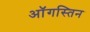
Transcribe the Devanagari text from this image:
ऑगस्तिन